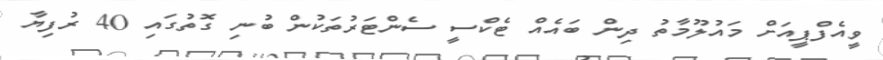
ވީއެފްޕީއަށް މައުލޫމާތު ދިން ބައެއް ޓެކްސީ ސެންޓަރުތަކުން ބުނި ގޮތުގައި 40 ރުފިޔާ